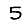
Digit: 5